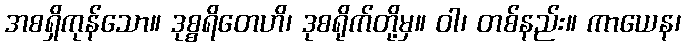
အစရှိကုန်သော။ ဒုစ္စရိတေဟိ၊ ဒုစရိုက်တို့မှ။ ဝါ၊ တစ်နည်း။ ကာယေန၊